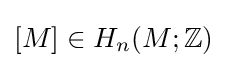
[M]\in H_{n}(M;\mathbb {Z} )